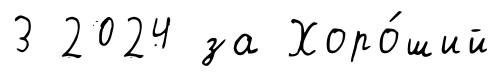
3 2024 за Хоро́ший